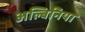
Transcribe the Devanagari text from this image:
अल्बिनिया